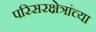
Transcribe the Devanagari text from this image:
परिसरक्षेत्रांच्या